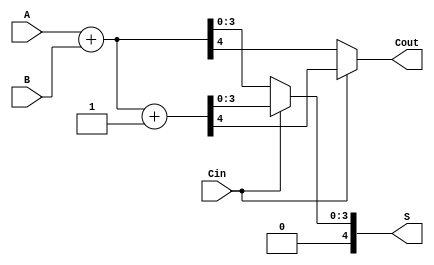
module CarrySelectAdder #(parameter N = 4) (
    input [N-1:0] A,    // First n-bit input
    input [N-1:0] B,    // Second n-bit input
    input Cin,          // Carry-in
    output [N:0] S,     // (n+1)-bit sum output
    output Cout         // Carry-out
);

    wire [N-1:0] S0, S1; // Sums for Cin = 0 and Cin = 1
    wire Cout0, Cout1;   // Carry-outs for Cin = 0 and Cin = 1

    // Low Carry Block (Cin = 0)
    assign {Cout0, S0} = A + B; // S0 = A + B when Cin = 0

    // High Carry Block (Cin = 1)
    assign {Cout1, S1} = A + B + 1'b1; // S1 = A + B + 1 when Cin = 1

    // Select the output based on Cin
    assign S = Cin ? S1 : S0; // Select sum based on Cin
    assign Cout = Cin ? Cout1 : Cout0; // Select carry-out based on Cin

endmodule